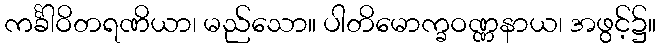
ကင်္ခါဝိတရဏိယာ၊ မည်သော။ ပါတိမောက္ခဝဏ္ဏနာယ၊ အဖွင့်၌။